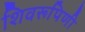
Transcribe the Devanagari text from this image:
शिवरूपिणी